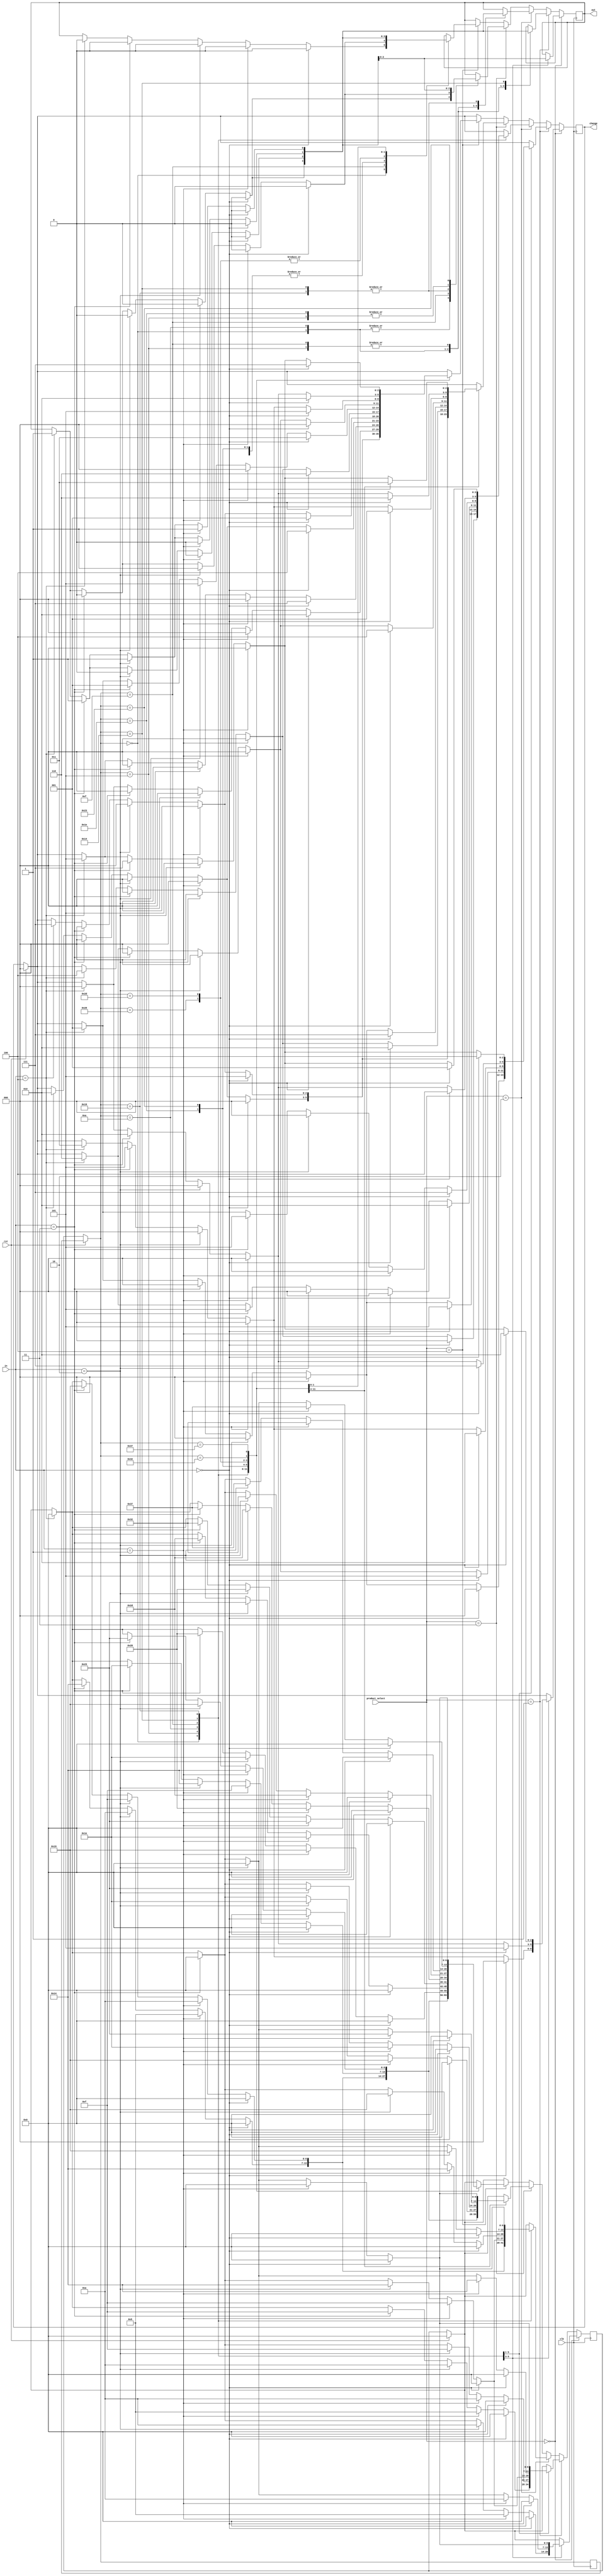
`timescale 1ns / 1ps
//////////////////////////////////////////////////////////////////////////////////
// Company: 
// Engineer: 
// 
// Design Name: 
// Module Name: vending_machine
// Project Name: 
// Target Devices: 
// Tool Versions: 
// Description: 
// 
// Dependencies: 
// 
// Revision:
// Revision 0.01 - File Created
// Additional Comments:
// 
//////////////////////////////////////////////////////////////////////////////////


module vending_machine(
    input [2:0]in, //000=0 ,001=5, 010=10, 011=20, 100=50
    input clk,
    input rst,
    input [2:0] product_select,  //000=15rs , 001=25rs , 010 = 30rs, 011= 40rs, 100=60rs
    output reg out,
    output reg [2:0]change
    );
    parameter s0=7'b0000000;
    parameter s1=7'b0000101;
    parameter s2=7'b0001010;
    parameter s3=7'b0001111;
    parameter s4=7'b0010100;
    parameter s5=7'b0011001;
    parameter s6=7'b0011110;
    parameter s7=7'b0100011;
    parameter s8=7'b0101000;
    parameter s9=7'b0101101;
    parameter s10=7'b0110010;
    parameter s11=7'b0110111;
    reg [6:0] ps,ns;
    always@(posedge clk) //for 15rs product
    begin 
    if(rst)
    begin 
        ns=0;
        ns=0;
        change=2'b00;
    end
    else
    ps=ns;
    if(product_select==3'b000) 
    begin
        case(ps) //for 15rs product
            s0:if(in==3'b000)
                begin
                ns=s0;out=0;change=0;
                end
                else if(in==3'b001)
                begin 
                ns=s1;out=0;change=0;
                end
                else if(in==3'b010)
                begin 
                ns=s2;out=0;change=0;
                end
                else if(in==3'b011)
                begin 
                ns=s0;out=1;change=5;
                end
                else if(in==3'b100)
                begin 
                ns=s0;out=1;change=35;
                end
            s1:if(in==3'b000)
                begin
                ns=s0;out=0;change=5;
                end
                else if(in==3'b001)
                begin 
                ns=s2;out=0;change=0;
                end
                else if(in==3'b010)
                begin 
                ns=s0;out=1;change=0;
                end
                else if(in==3'b011)
                begin 
                ns=s0;out=1;change=10;
                end
                else if(in==3'b100)
                begin 
                ns=s0;out=1;change=40;
                end
            s2:if(in==3'b000)
                begin
                ns=s0;out=0;change=10;
                end
                else if(in==3'b001)
                begin 
                ns=s0;out=1;change=0;
                end
                else if(in==3'b010)
                begin 
                ns=s0;out=1;change=5;
                end
                else if(in==3'b011)
                begin 
                ns=s0;out=1;change=15;
                end
                else if(in==3'b100)
                begin 
                ns=s0;out=1;change=45;
                end
        endcase
    end
    else if(product_select==3'b001) 
    begin
        case(ps) //for 25rs product
            s0:if(in==3'b000)
                begin
                ns=s0;out=0;change=0;
                end
                else if(in==3'b001)
                begin 
                ns=s1;out=0;change=0;
                end
                else if(in==3'b010)
                begin 
                ns=s2;out=0;change=0;
                end
                else if(in==3'b011)
                begin 
                ns=s3;out=0;change=0;
                end
                else if(in==3'b100)
                begin 
                ns=s0;out=1;change=25;
                end
            s1:if(in==3'b000)
                begin
                ns=s0;out=0;change=5;
                end
                else if(in==3'b001)
                begin 
                ns=s2;out=0;change=0;
                end
                else if(in==3'b010)
                begin 
                ns=s3;out=1;change=0;
                end
                else if(in==3'b011)
                begin 
                ns=s0;out=1;change=0;
                end
                else if(in==3'b100)
                begin 
                ns=s0;out=1;change=30;
                end
            s2:if(in==3'b000)
                begin
                ns=s0;out=0;change=10;
                end
                else if(in==3'b001)
                begin 
                ns=s3;out=0;change=0;
                end
                else if(in==3'b010)
                begin 
                ns=s4;out=0;change=0;
                end
                else if(in==3'b011)
                begin 
                ns=s0;out=1;change=5;
                end
                else if(in==3'b100)
                begin 
                ns=s0;out=1;change=35;
                end
            s3:if(in==3'b000)
                begin
                ns=s0;out=0;change=15;
                end
                else if(in==3'b001)
                begin 
                ns=s4;out=0;change=0;
                end
                else if(in==3'b010)
                begin 
                ns=s0;out=1;change=0;
                end
                else if(in==3'b011)
                begin 
                ns=s0;out=1;change=10;
                end
                else if(in==3'b100)
                begin 
                ns=s0;out=1;change=40;
                end
            s4:if(in==3'b000)
                begin
                ns=s0;out=0;change=20;
                end
                else if(in==3'b001)
                begin 
                ns=s0;out=1;change=0;
                end
                else if(in==3'b010)
                begin 
                ns=s0;out=1;change=5;
                end
                else if(in==3'b011)
                begin 
                ns=s0;out=1;change=15;
                end
                else if(in==3'b100)
                begin 
                ns=s0;out=1;change=45;
                end
        endcase
    end
    else if(product_select==3'b010) 
    begin
        case(ps) //for 30rs product
            s0:if(in==3'b000)
                begin
                ns=s0;out=0;change=0;
                end
                else if(in==3'b001)
                begin 
                ns=s1;out=0;change=0;
                end
                else if(in==3'b010)
                begin 
                ns=s2;out=0;change=0;
                end
                else if(in==3'b011)
                begin 
                ns=s4;out=0;change=0;
                end
                else if(in==3'b100)
                begin 
                ns=s0;out=1;change=20;
                end
            s1:if(in==3'b000)
                begin
                ns=s0;out=0;change=5;
                end
                else if(in==3'b001)
                begin 
                ns=s2;out=0;change=0;
                end
                else if(in==3'b010)
                begin 
                ns=s3;out=1;change=0;
                end
                else if(in==3'b011)
                begin 
                ns=s5;out=1;change=0;
                end
                else if(in==3'b100)
                begin 
                ns=s0;out=1;change=25;
                end
            s2:if(in==3'b000)
                begin
                ns=s0;out=0;change=10;
                end
                else if(in==3'b001)
                begin 
                ns=s3;out=0;change=0;
                end
                else if(in==3'b010)
                begin 
                ns=s4;out=0;change=0;
                end
                else if(in==3'b011)
                begin 
                ns=s0;out=1;change=5;
                end
                else if(in==3'b100)
                begin 
                ns=s0;out=1;change=30;
                end
            s3:if(in==3'b000)
                begin
                ns=s0;out=0;change=15;
                end
                else if(in==3'b001)
                begin 
                ns=s4;out=0;change=0;
                end
                else if(in==3'b010)
                begin 
                ns=s5;out=1;change=0;
                end
                else if(in==3'b011)
                begin 
                ns=s0;out=1;change=5;
                end
                else if(in==3'b100)
                begin 
                ns=s0;out=1;change=25;
                end
            s4:if(in==3'b000)
                begin
                ns=s0;out=0;change=20;
                end
                else if(in==3'b001)
                begin 
                ns=s5;out=1;change=0;
                end
                else if(in==3'b010)
                begin 
                ns=s0;out=1;change=0;
                end
                else if(in==3'b011)
                begin 
                ns=s0;out=1;change=10;
                end
                else if(in==3'b100)
                begin 
                ns=s0;out=1;change=40;
                end
            s5:if(in==3'b000)
                begin
                ns=s0;out=0;change=25;
                end
                else if(in==3'b001)
                begin 
                ns=s0;out=1;change=0;
                end
                else if(in==3'b010)
                begin 
                ns=s0;out=1;change=5;
                end
                else if(in==3'b011)
                begin 
                ns=s0;out=1;change=15;
                end
                else if(in==3'b100)
                begin 
                ns=s0;out=1;change=45;
                end
        endcase
    end
    else if(product_select==3'b011) 
    begin
        case(ps) //for 40rs product
            s0:if(in==3'b000)
                begin
                ns=s0;out=0;change=0;
                end
                else if(in==3'b001)
                begin 
                ns=s1;out=0;change=0;
                end
                else if(in==3'b010)
                begin 
                ns=s2;out=0;change=0;
                end
                else if(in==3'b011)
                begin 
                ns=s4;out=0;change=0;
                end
                else if(in==3'b100)
                begin 
                ns=s0;out=1;change=10;
                end
            s1:if(in==3'b000)
                begin
                ns=s0;out=0;change=5;
                end
                else if(in==3'b001)
                begin 
                ns=s2;out=0;change=0;
                end
                else if(in==3'b010)
                begin 
                ns=s3;out=1;change=0;
                end
                else if(in==3'b011)
                begin 
                ns=s5;out=1;change=0;
                end
                else if(in==3'b100)
                begin 
                ns=s0;out=1;change=15;
                end
            s2:if(in==3'b000)
                begin
                ns=s0;out=0;change=10;
                end
                else if(in==3'b001)
                begin 
                ns=s3;out=0;change=0;
                end
                else if(in==3'b010)
                begin 
                ns=s4;out=0;change=0;
                end
                else if(in==3'b011)
                begin 
                ns=s6;out=0;change=0;
                end
                else if(in==3'b100)
                begin 
                ns=s0;out=1;change=20;
                end
            s3:if(in==3'b000)
                begin
                ns=s0;out=0;change=15;
                end
                else if(in==3'b001)
                begin 
                ns=s4;out=0;change=0;
                end
                else if(in==3'b010)
                begin 
                ns=s5;out=1;change=0;
                end
                else if(in==3'b011)
                begin 
                ns=s7;out=0;change=0;
                end
                else if(in==3'b100)
                begin 
                ns=s0;out=1;change=25;
                end
            s4:if(in==3'b000)
                begin
                ns=s0;out=0;change=20;
                end
                else if(in==3'b001)
                begin 
                ns=s5;out=0;change=0;
                end
                else if(in==3'b010)
                begin 
                ns=s6;out=0;change=0;
                end
                else if(in==3'b011)
                begin 
                ns=s0;out=1;change=0;
                end
                else if(in==3'b100)
                begin 
                ns=s0;out=1;change=30;
                end
            s5:if(in==3'b000)
                begin
                ns=s0;out=0;change=25;
                end
                else if(in==3'b001)
                begin 
                ns=s6;out=0;change=0;
                end
                else if(in==3'b010)
                begin 
                ns=s7;out=0;change=0;
                end
                else if(in==3'b011)
                begin 
                ns=s0;out=1;change=5;
                end
                else if(in==3'b100)
                begin 
                ns=s0;out=1;change=35;
                end
            s6:if(in==3'b000)
                begin
                ns=s0;out=0;change=30;
                end
                else if(in==3'b001)
                begin 
                ns=s7;out=0;change=0;
                end
                else if(in==3'b010)
                begin 
                ns=s0;out=1;change=0;
                end
                else if(in==3'b011)
                begin 
                ns=s0;out=1;change=10;
                end
                else if(in==3'b100)
                begin 
                ns=s0;out=1;change=40;
                end
            s7:if(in==3'b000)
                begin
                ns=s0;out=0;change=35;
                end
                else if(in==3'b001)
                begin 
                ns=s0;out=1;change=0;
                end
                else if(in==3'b010)
                begin 
                ns=s0;out=1;change=5;
                end
                else if(in==3'b011)
                begin 
                ns=s0;out=1;change=15;
                end
                else if(in==3'b100)
                begin 
                ns=s0;out=1;change=45;
                end
        endcase
    end
    else if(product_select==3'b100) 
    begin
        case(ps) //for 60rs product
            s0:if(in==3'b000)
                begin
                ns=s0;out=0;change=0;
                end
                else if(in==3'b001)
                begin 
                ns=s1;out=0;change=0;
                end
                else if(in==3'b010)
                begin 
                ns=s2;out=0;change=0;
                end
                else if(in==3'b011)
                begin 
                ns=s4;out=0;change=0;
                end
                else if(in==3'b100)
                begin 
                ns=s0;out=0;change=50;
                end
            s1:if(in==3'b000)
                begin
                ns=s0;out=0;change=5;
                end
                else if(in==3'b001)
                begin 
                ns=s2;out=0;change=0;
                end
                else if(in==3'b010)
                begin 
                ns=s3;out=0;change=0;
                end
                else if(in==3'b011)
                begin 
                ns=s5;out=0;change=0;
                end
                else if(in==3'b100)
                begin 
                ns=s0;out=1;change=55;
                end
            s2:if(in==3'b000)
                begin
                ns=s0;out=0;change=10;
                end
                else if(in==3'b001)
                begin 
                ns=s3;out=0;change=0;
                end
                else if(in==3'b010)
                begin 
                ns=s4;out=0;change=0;
                end
                else if(in==3'b011)
                begin 
                ns=s6;out=0;change=0;
                end
                else if(in==3'b100)
                begin 
                ns=s0;out=1;change=0;
                end
            s3:if(in==3'b000)
                begin
                ns=s0;out=0;change=15;
                end
                else if(in==3'b001)
                begin 
                ns=s4;out=0;change=0;
                end
                else if(in==3'b010)
                begin 
                ns=s5;out=1;change=0;
                end
                else if(in==3'b011)
                begin 
                ns=s7;out=0;change=0;
                end
                else if(in==3'b100)
                begin 
                ns=s0;out=1;change=5;
                end
            s4:if(in==3'b000)
                begin
                ns=s0;out=0;change=20;
                end
                else if(in==3'b001)
                begin 
                ns=s5;out=0;change=0;
                end
                else if(in==3'b010)
                begin 
                ns=s6;out=0;change=0;
                end
                else if(in==3'b011)
                begin 
                ns=s8;out=0;change=0;
                end
                else if(in==3'b100)
                begin 
                ns=s0;out=1;change=10;
                end
            s5:if(in==3'b000)
                begin
                ns=s0;out=0;change=25;
                end
                else if(in==3'b001)
                begin 
                ns=s6;out=0;change=0;
                end
                else if(in==3'b010)
                begin 
                ns=s7;out=0;change=0;
                end
                else if(in==3'b011)
                begin 
                ns=s9;out=0;change=0;
                end
                else if(in==3'b100)
                begin 
                ns=s0;out=1;change=15;
                end
            s6:if(in==3'b000)
                begin
                ns=s0;out=0;change=30;
                end
                else if(in==3'b001)
                begin 
                ns=s7;out=0;change=0;
                end
                else if(in==3'b010)
                begin 
                ns=s8;out=0;change=0;
                end
                else if(in==3'b011)
                begin 
                ns=s10;out=0;change=0;
                end
                else if(in==3'b100)
                begin 
                ns=s0;out=1;change=20;
                end
            s7:if(in==3'b000)
                begin
                ns=s0;out=0;change=35;
                end
                else if(in==3'b001)
                begin 
                ns=s8;out=0;change=0;
                end
                else if(in==3'b010)
                begin 
                ns=s9;out=0;change=5;
                end
                else if(in==3'b011)
                begin 
                ns=s11;out=0;change=1;
                end
                else if(in==3'b100)
                begin 
                ns=s0;out=1;change=25;
                end
             s8:if(in==3'b000)
                begin
                ns=s0;out=0;change=40;
                end
                else if(in==3'b001)
                begin 
                ns=s9;out=0;change=0;
                end
                else if(in==3'b010)
                begin 
                ns=s10;out=0;change=0;
                end
                else if(in==3'b011)
                begin 
                ns=s0;out=1;change=0;
                end
                else if(in==3'b100)
                begin 
                ns=s0;out=1;change=30;
                end
              s9:if(in==3'b000)
                begin
                ns=s0;out=0;change=45;
                end
                else if(in==3'b001)
                begin 
                ns=s10;out=0;change=0;
                end
                else if(in==3'b010)
                begin 
                ns=s11;out=0;change=0;
                end
                else if(in==3'b011)
                begin 
                ns=s0;out=1;change=5;
                end
                else if(in==3'b100)
                begin 
                ns=s0;out=1;change=35;
                end
              s10:if(in==3'b000)
                begin
                ns=s0;out=0;change=50;
                end
                else if(in==3'b001)
                begin 
                ns=s11;out=0;change=0;
                end
                else if(in==3'b010)
                begin 
                ns=s0;out=1;change=0;
                end
                else if(in==3'b011)
                begin 
                ns=s0;out=1;change=10;
                end
                else if(in==3'b100)
                begin 
                ns=s0;out=1;change=40;
                end
              s11:if(in==3'b000)
                begin
                ns=s0;out=0;change=55;
                end
                else if(in==3'b001)
                begin 
                ns=s0;out=1;change=0;
                end
                else if(in==3'b010)
                begin 
                ns=s0;out=1;change=5;
                end
                else if(in==3'b011)
                begin 
                ns=s0;out=1;change=15;
                end
                else if(in==3'b100)
                begin 
                ns=s0;out=1;change=45;
                end
        endcase
    end
    end
endmodule